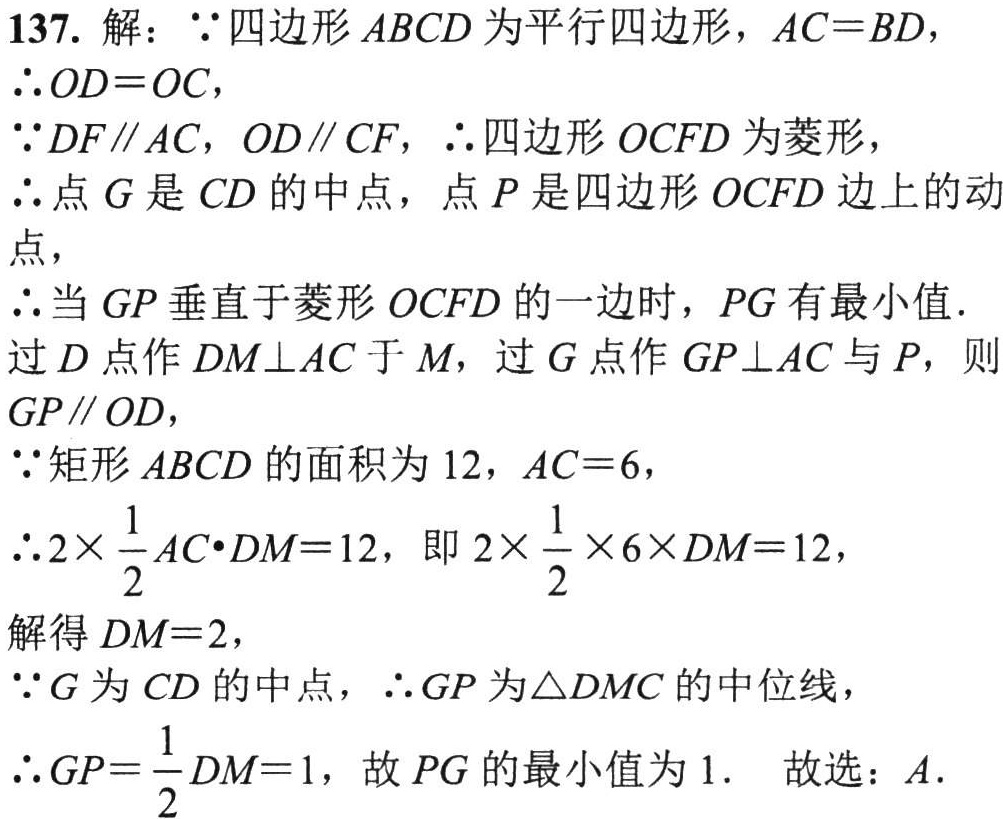
137. 解：\(\because\)四边形\(ABCD\)为平行四边形，\(AC = BD\)，

\(\therefore OD = OC\)，

\(\because DF\parallel AC\)，\(OD\parallel CF\)，\(\therefore\)四边形\(OCFD\)为菱形，

\(\therefore\)点\(G\)是\(CD\)的中点，点\(P\)是四边形\(OCFD\)边上的动点，

\(\therefore\)当\(GP\)垂直于菱形\(OCFD\)的一边时，\(PG\)有最小值．

过\(D\)点作\(DM\perp AC\)于\(M\)，过\(G\)点作\(GP\perp AC\)与\(P\)，则\(GP\parallel OD\)，

\(\because\)矩形\(ABCD\)的面积为\(12\)，\(AC = 6\)，

\(\therefore 2\times\frac{1}{2}AC\cdot DM = 12\)，即\(2\times\frac{1}{2}\times6\times DM = 12\)，

解得\(DM = 2\)，

\(\because G\)为\(CD\)的中点，\(\therefore GP\)为\(\triangle DMC\)的中位线，

\(\therefore GP=\frac{1}{2}DM = 1\)，故\(PG\)的最小值为\(1\)． 故选：\(A\)．